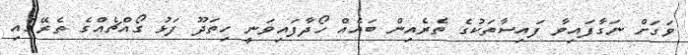
ވަގަށް ނަގާފައިވާ ފައިސާތަކުގެ ތެރެއިން ބައެއް ހޯދާފައިވަނީ ހިތަދޫ ފަޅު ގޯއްޗެއްގެ ތެރޭގައި